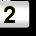
Digit: 2